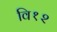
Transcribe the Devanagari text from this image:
वि१२